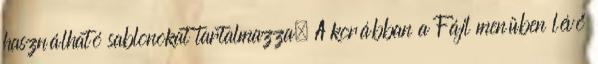
használható sablonokat tartalmazza. A korábban a Fájl menüben lévő